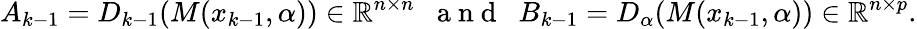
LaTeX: A_{k-1}=D_{k-1}(M(x_{k-1},\alpha))\in\mathbb{R}^{n\times n}\mathrm{~\; ~a~n~d~\; ~}B_{k-1}=D_{\alpha}(M(x_{k-1},\alpha))\in\mathbb{R}^{n\times p}.